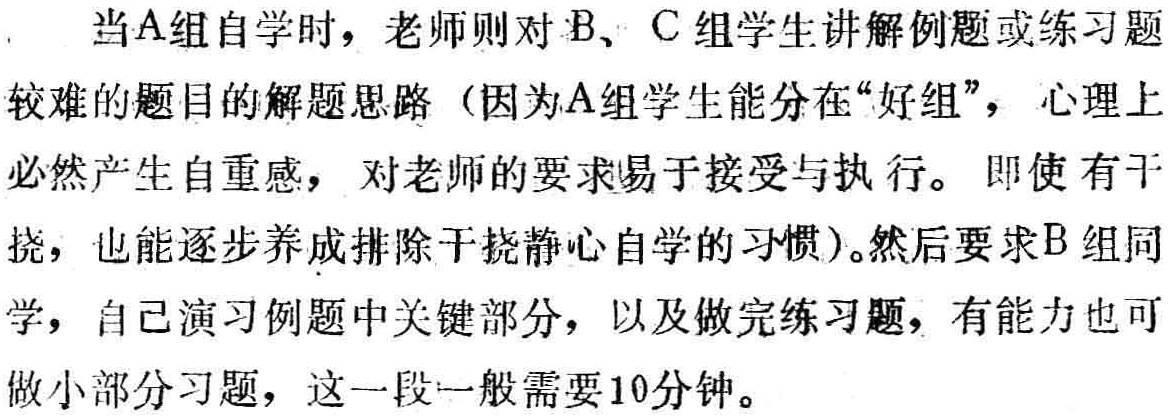
当A组自学时，老师则对B、C组学生讲解例题或练习题

较难的题目的解题思路（因为A组学生能分在“好组”，心理上

必然产生自重感，对老师的要求易于接受与执行。即使有干

挠，也能逐步养成排除干挠静心自学的习惯）。然后要求B组同

学，自己演习例题中关键部分，以及做完练习题，有能力也可

做小部分习题，这一段一般需要10分钟。